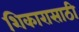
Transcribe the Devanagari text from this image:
शिकारासाठी